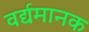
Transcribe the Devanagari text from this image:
वर्द्यमानक